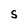
Character: S